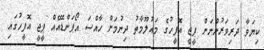
ކިޔަވާ ދަރިވަރުންނަށް ޕީޖީ އޮފީހުގެ މައުލޫމާތު ދިނުމަށް ހާއްސަ އޯޕަންޑޭއެއް ޕީޖީ އޮފީހުގައި